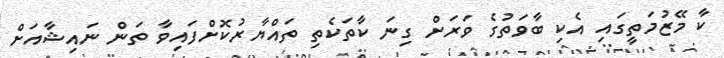
ކާ މޭޒުމަތީގައި އެކި ބާވަތުގެ ވަރަށް ގިނަ ކާތަކެތި ތައްޔާރުކޮށްފައިވާ ތަން ނައިޝާއަށް